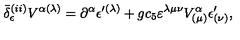
\bar { \delta } _ { \epsilon } ^ { ( i i ) } V ^ { \alpha ( \lambda ) } = \partial ^ { \alpha } \epsilon ^ { \prime ( \lambda ) } + g c _ { 5 } \varepsilon ^ { \lambda \mu \nu } V _ { ( \mu ) } ^ { \alpha } \epsilon _ { ( \nu ) } ^ { \prime } ,